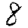
Digit: 8